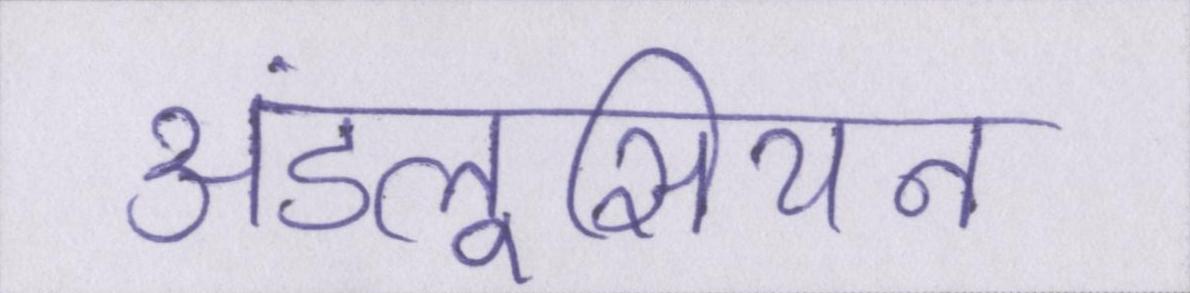
अंडलूसियन